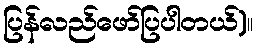
ပြန်လည်ဖော်ပြပါတယ်)။